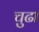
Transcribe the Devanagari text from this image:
चुढा